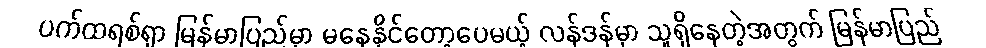
ပက်ထရစ်ရှာ မြန်မာပြည်မှာ မနေနိုင်တော့ပေမယ့် လန်ဒန်မှာ သူရှိနေတဲ့အတွက် မြန်မာပြည်